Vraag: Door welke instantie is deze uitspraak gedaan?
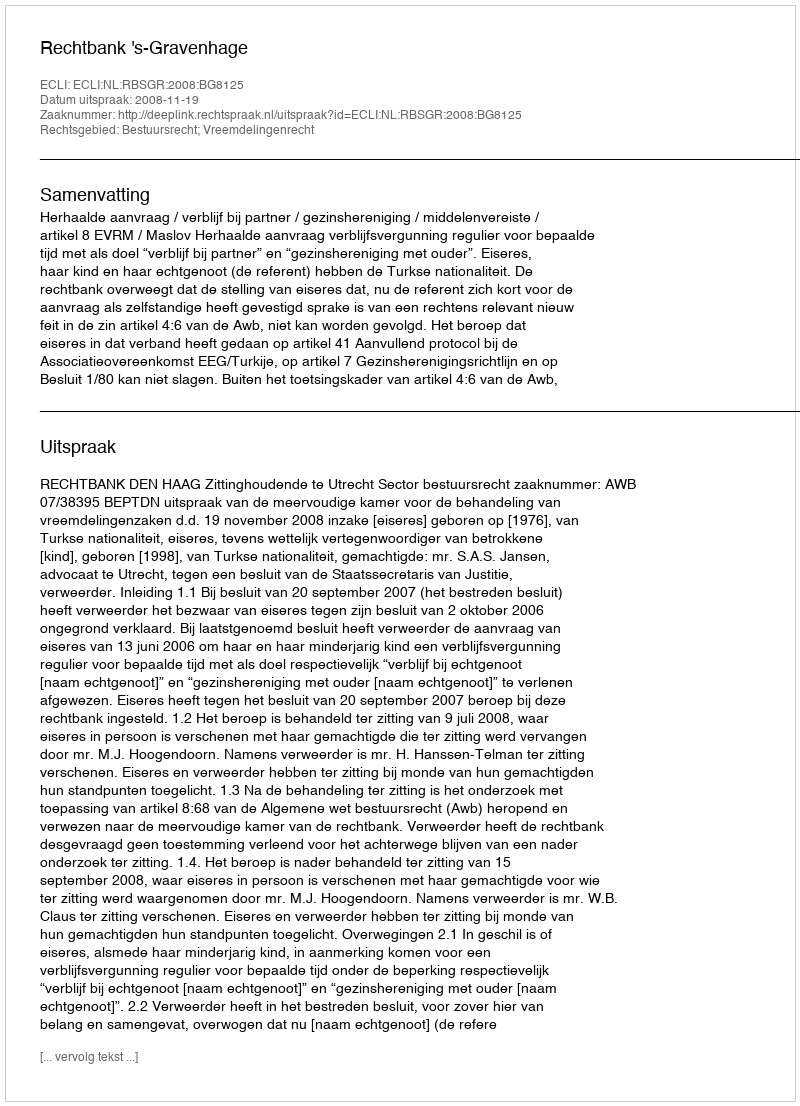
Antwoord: Rechtbank 's-Gravenhage